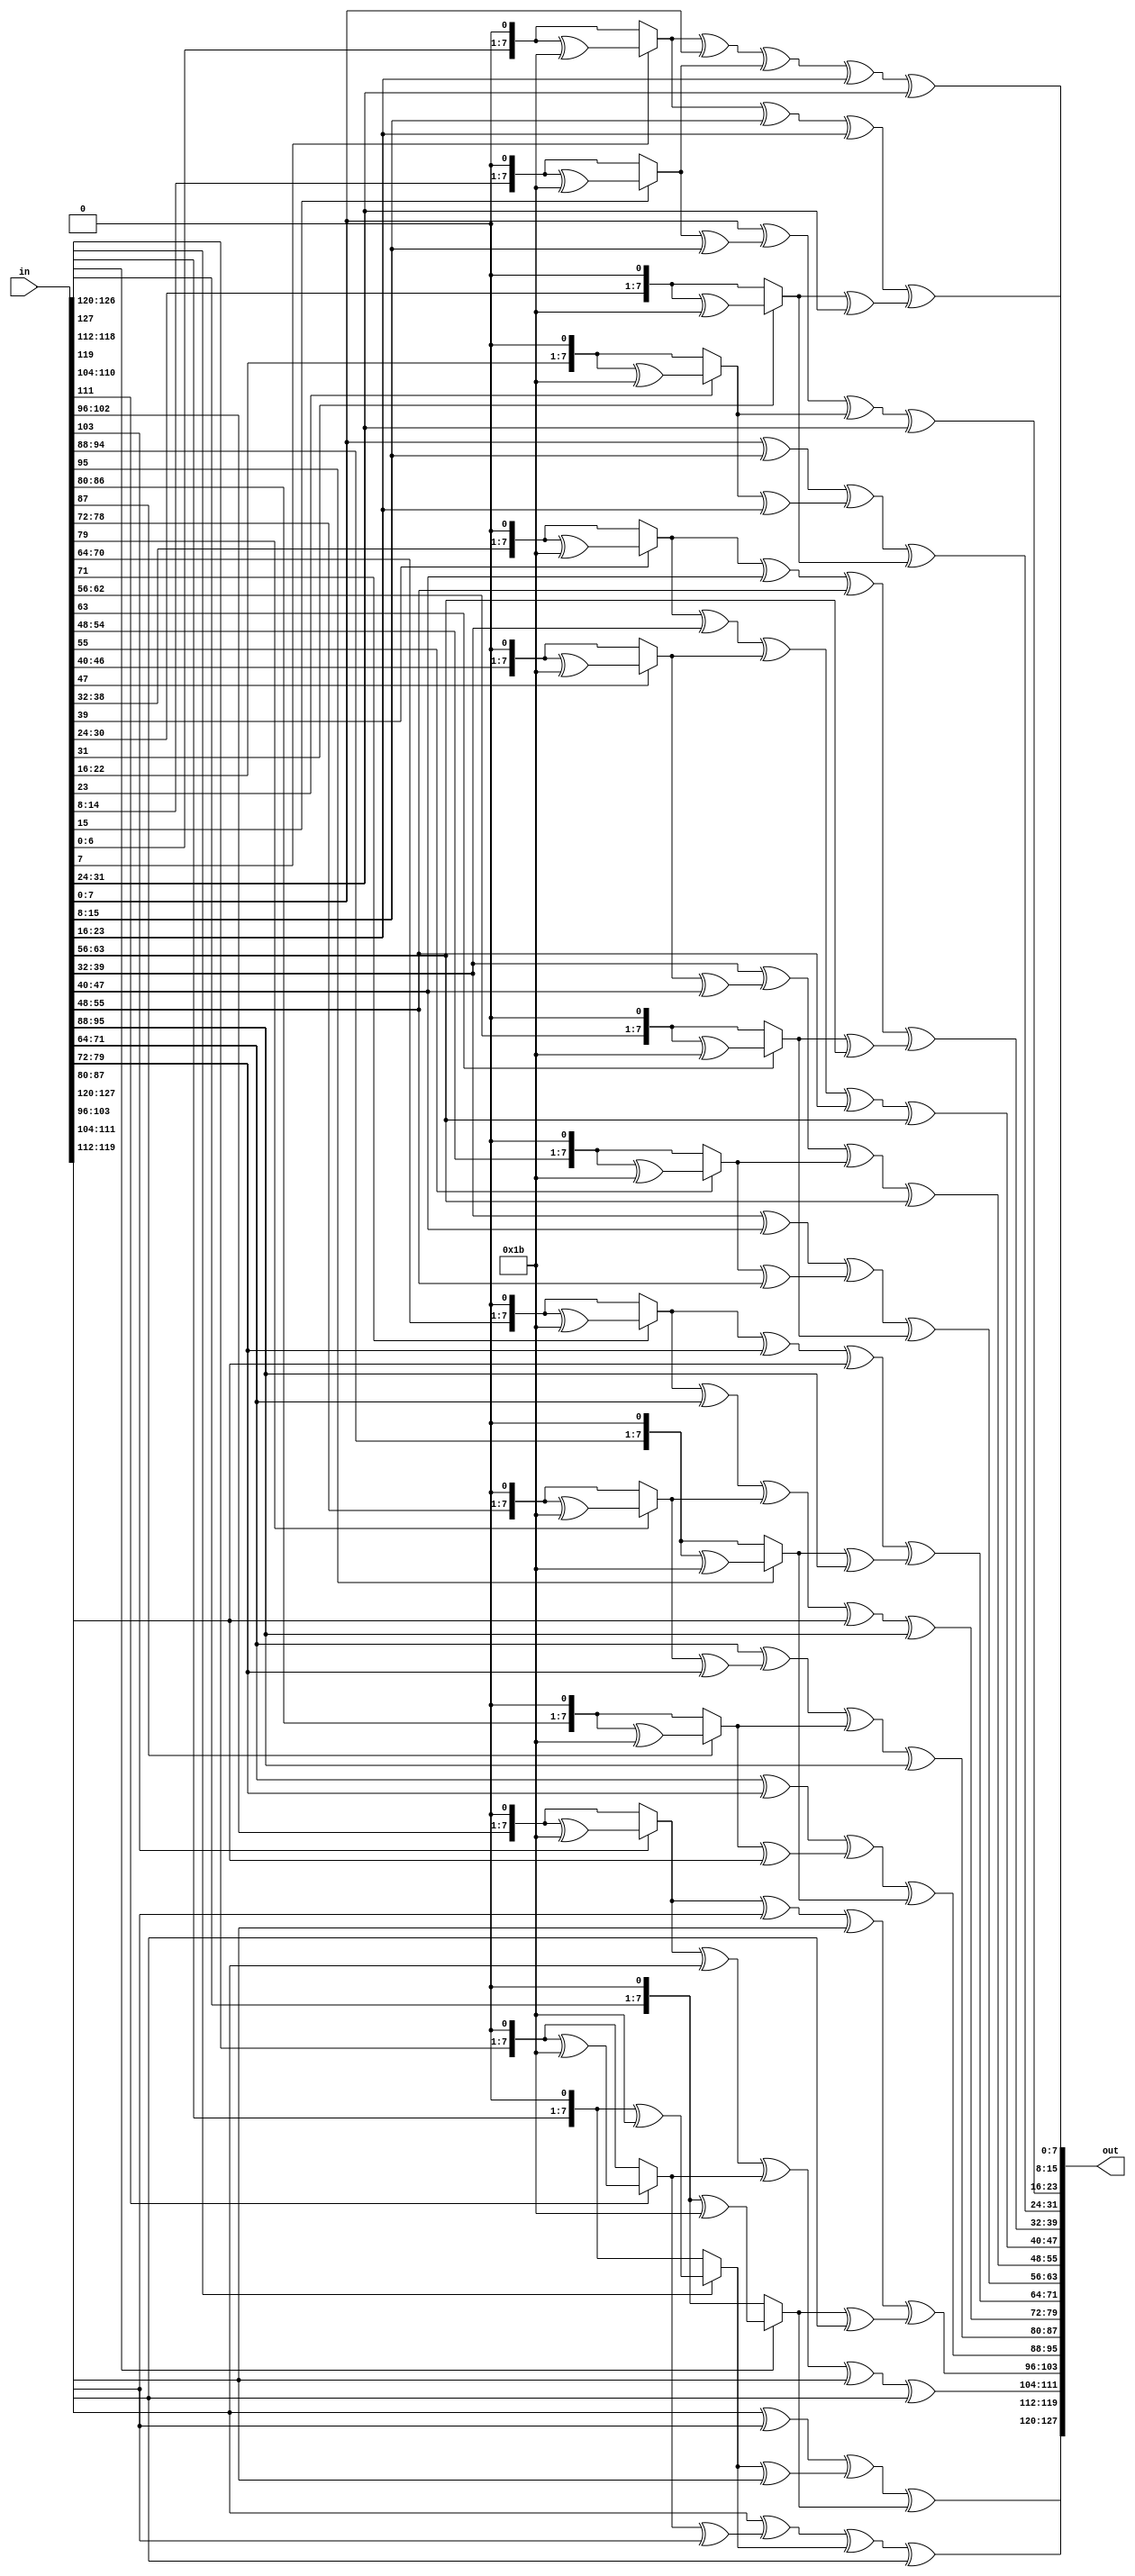
module mix_col
(
    input [127:0] in,
    output[127:0] out
);

wire [127:0] state;
wire [127:0] state_out_comb;

assign state = in;

function [7:0] MultiplyByTwo;
	input [7:0] x;
	begin 
			if(x[7] == 1) MultiplyByTwo = ((x << 1) ^ 8'h1b);
			else MultiplyByTwo = x << 1; 
	end 	
endfunction

function [7:0] MultiplyByThree;
	input [7:0] x;
	begin 
			MultiplyByThree = MultiplyByTwo(x) ^ x;
	end 
endfunction
 

genvar i;
generate
for(i=0;i<=3;i=i+1) begin
    assign state_out_comb[ i*32+:8]  = MultiplyByTwo(state[(i*32)+:8])^(state[(i*32 + 8)+:8])^(state[(i*32 + 16)+:8])^MultiplyByThree(state[(i*32 + 24)+:8]);
    assign state_out_comb[(i*32 + 8)+:8] = MultiplyByThree(state[(i*32)+:8])^MultiplyByTwo(state[(i*32 + 8)+:8])^(state[(i*32 + 16)+:8])^(state[(i*32 + 24)+:8]);
    assign state_out_comb[(i*32 + 16)+:8] = (state[(i*32)+:8])^MultiplyByThree(state[(i*32 + 8)+:8])^MultiplyByTwo(state[(i*32 + 16)+:8])^(state[(i*32 + 24)+:8]);
    assign state_out_comb[(i*32 + 24)+:8]  = (state[(i*32)+:8])^(state[(i*32 + 8)+:8])^MultiplyByThree(state[(i*32 + 16)+:8])^MultiplyByTwo(state[(i*32 + 24)+:8]);
end
endgenerate

assign out = state_out_comb;

endmodule